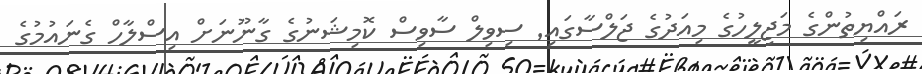
ރައްޔިތުންގެ މަޖިލީހުގެ މިއަދުގެ ޖަލްސާގައި